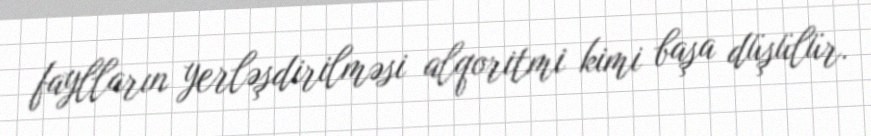
faylların yerləşdirilməsi alqoritmi kimi başa düşülür.